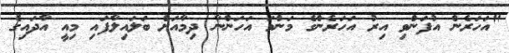
"އަހަރެން އުފަންވި އިރު އަހަރެންގެ މަންމަ އަހަންނާ ދިމާއަށް ބަލައިލާފައި މިއީ އާދައިގެ